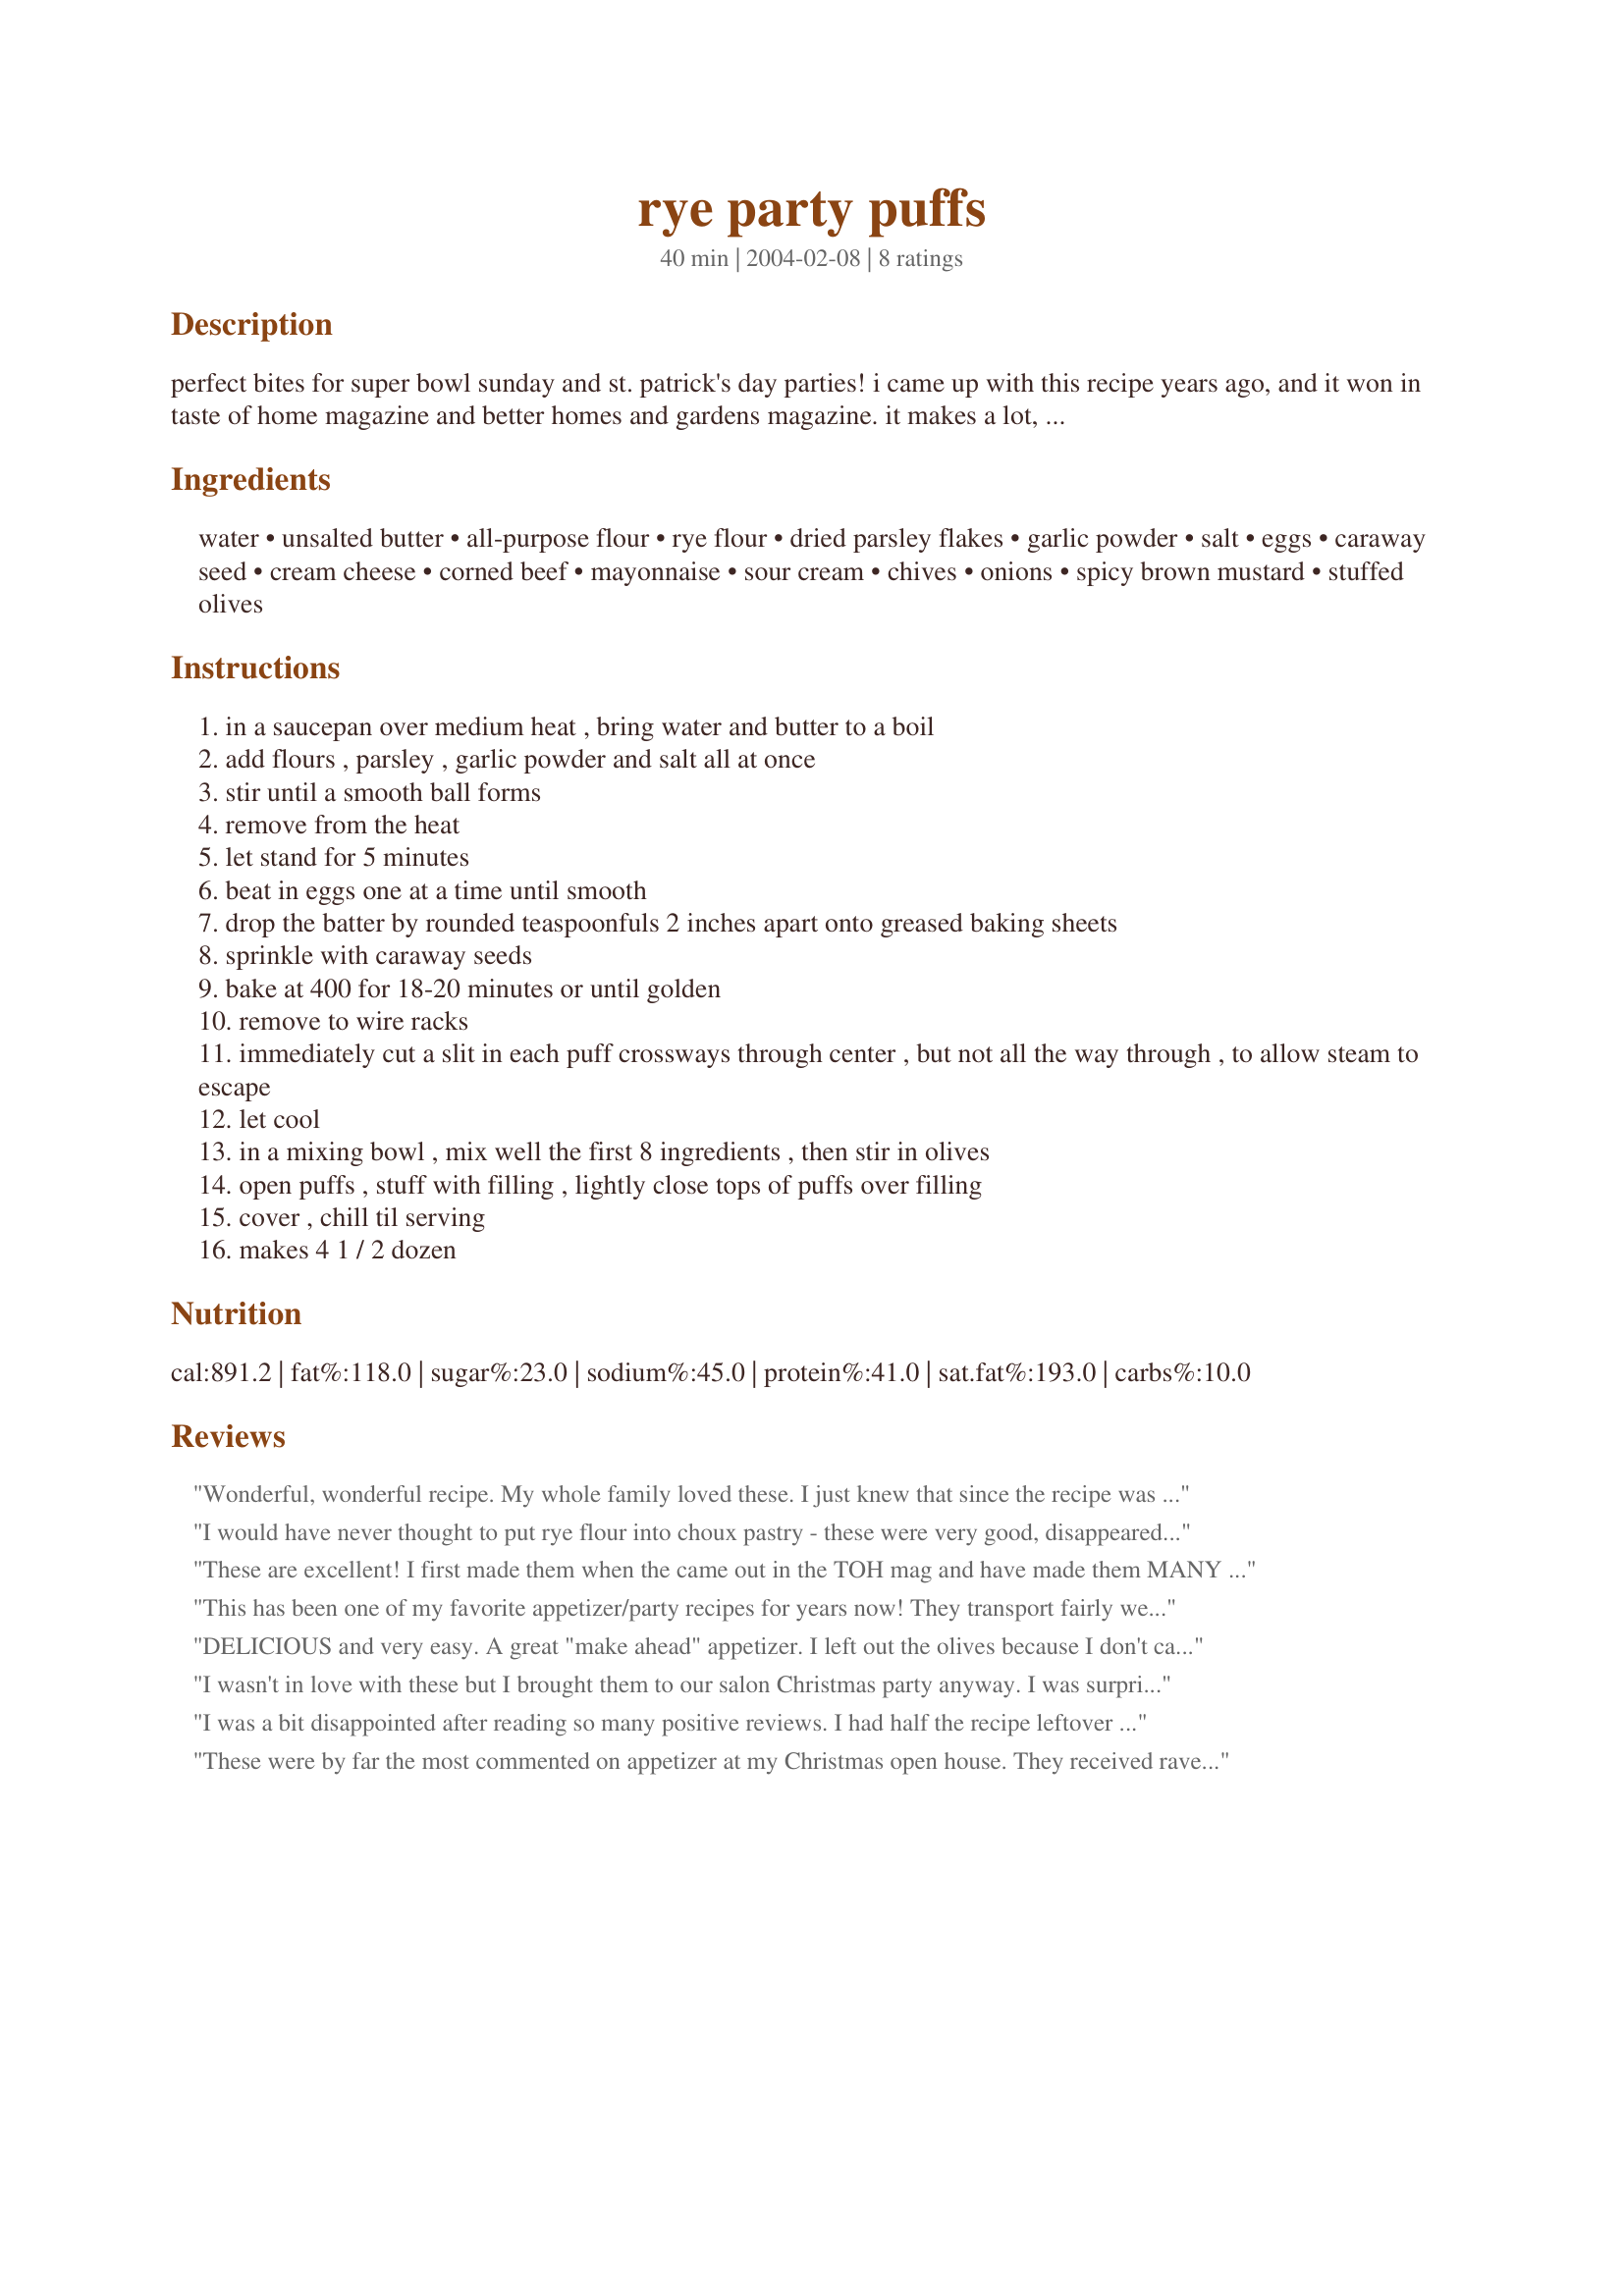
rye party puffs
Preparation time: 40 minutes

perfect bites for super bowl sunday and st. patrick's day parties! i came up with this recipe years ago, and it won in taste of home magazine and better homes and gardens magazine. it makes a lot, but they disappear fast! enjoy!

Ingredients:
water, unsalted butter, all-purpose flour, rye flour, dried parsley flakes, garlic powder, salt, eggs, caraway seed, cream cheese, corned beef, mayonnaise, sour cream, chives, onions, spicy brown mustard, stuffed olives

Steps:
in a saucepan over medium heat , bring water and butter to a boil
add flours , parsley , garlic powder and salt all at once
stir until a smooth ball forms
remove from the heat
let stand for 5 minutes
beat in eggs one at a time until smooth
drop the batter by rounded teaspoonfuls 2 inches apart onto greased baking sheets
sprinkle with caraway seeds
bake at 400 for 18-20 minutes or until golden
remove to wire racks
immediately cut a slit in each puff crossways through center , but not all the way through , to allow steam to escape
let cool
in a mixing bowl , mix well the first 8 ingredients , then stir in olives
open puffs , stuff with filling , lightly close tops of puffs over filling
cover , chill til serving
makes 4 1 / 2 dozen

Reviews:
Wonderful, wonderful recipe.
My whole family loved these. 
I just knew that since the recipe was yours it would be great!!
Thank you so very much!!
I would have never thought to put rye flour into choux pastry - these were very good, disappeared in a flash. I only got three doz., some were larger than ideal. I also whirled the filling in the food processor, adding some milk to soften it, so that I could use a pastry bag to fill the puffs. Next time I might add the corned beef in last to provide some texture. But these were great.
These are excellent! I first made them when the came out in the TOH mag and have made them MANY times since. Great recipe Kelly!
This has been one of my favorite appetizer/party recipes for years now! They transport fairly well and any leftovers (which doubtful there will be) do 'keep' well in the refrigerator a day or two. Your guests will really rave over this one! Thank you for posting, peacefulnightdove!
DELICIOUS and very easy. A great "make ahead" appetizer. I left out the olives because I don't care for them, but otherwise followed the recipe. I have tried many of your recipes, Wildflower. You are terrific!
I wasn't in love with these but I brought them to our salon Christmas party anyway. I was surprised at how much everyone else loved them! This was one of the first dishes to go. Several customers demanded the recipe! I think that these would be better with home cooked leftover corned beef rather than the deli style. I also think that the rye cups would be great filled with spinach dip! Thanks for sharing!
I was a bit disappointed after reading so many positive reviews. I had half the recipe leftover from the party so it seems they were only moderately enjoyed. However, I think the recipe has a lot of potential with a little tweaking. <br/> The puffs themselves were wonderfully light, however the caraway seeds fell off when slicing them open. Next time I would mix some caraway seeds in with the dough, and sprinkle a few on top for presentation, pressing them in lightly. The rye flavor was lacking, and it seemed the puffs needed a bit more body to stand up to the thick filling, so I will adjust the rye/white flour ratio next time. <br/> I used more corned beef than called for. I had a lot of filling left over, even after generously filling the puffs. It tasted much better the day after, so I would make it ahead of time. I will also try to reduce the cream cheese and replace it with a bit more sour cream or mayo to lighten the thickness. I may also whip it with the mixter to lighten.
These were by far the most commented on appetizer at my Christmas open house. They received rave reviews by nearly all. I will definitely be making these again!
